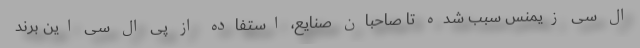
ال سی زیمنس سبب شده تا صاحبان صنایع، استفاده از پی ال سی این برند